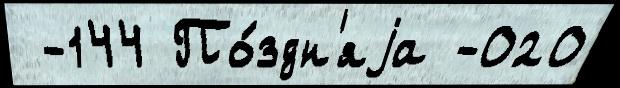
 -144 По́здн'яjа -020